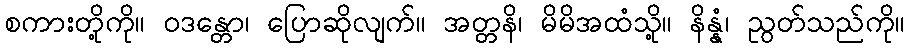
စကားတို့ကို။ ဝဒန္တော၊ ပြောဆိုလျက်။ အတ္တနိ၊ မိမိအထံသို့။ နိန္နံ၊ ညွတ်သည်ကို။